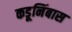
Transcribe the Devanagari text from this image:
कडूनिंबास